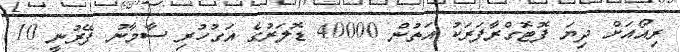
ރިއޯއަށް ދިޔަ ފޮޓޮގްރާފަރަކު އަތުން 40000 ޑޮލަރުގެ އަގުހުރި ސާމާނު ފޭރުނީ 10